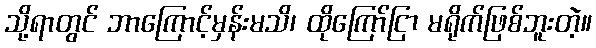
သို့ရာတွင် ဘာကြောင့်မှန်းမသိ၊ ထိုကြော်ငြာ မရိုက်ဖြစ်ဘူးတဲ့။